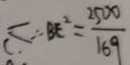
\therefore B E ^ { 2 } = \frac { 2 5 0 0 } { 1 6 9 }